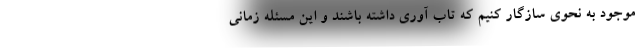
موجود به نحوی سازگار کنیم که تاب آوری داشته باشند و این مسئله زمانی